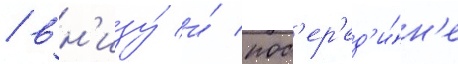
/ вн'изу́ и́ пос'ер'ед'и́н'е